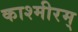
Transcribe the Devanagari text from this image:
काश्मीरम्